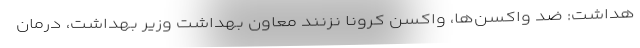
هداشت: ضد واکسن‌ها، واکسن کرونا نزنند معاون بهداشت وزیر بهداشت، درمان